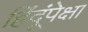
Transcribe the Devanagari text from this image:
हिंदूंपेक्षा